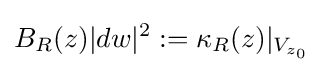
B_{R}(z)|dw|^{2}:=\kappa _{R}(z)|_{V_{z_{0}}}